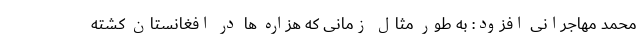
محمد مهاجرانی افزود: به طور مثال زمانی که هزاره ها در افغانستان کشته